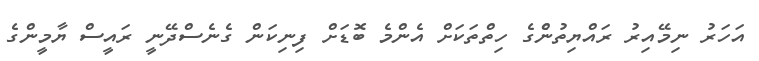
އަހަރު ނިމޭއިރު ރައްޔިތުންެގެ ހިތްތަކަށް އެންމެ ބޮޑަށް ފިނިކަން ގެނެސްދޭނީ ރައީސް ޔާމީންގެ